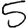
Digit: 5